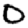
Digit: 0